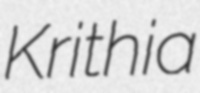
Krithia